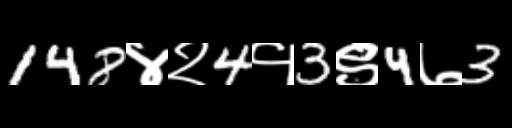
Text: 148४२4१3९4७3